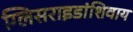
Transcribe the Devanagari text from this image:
ग्लिसराइडांशिवाय